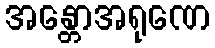
အန္တောအရုဏေ